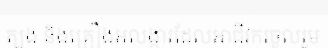
ត្បូង និងគ្រឿងអលង្ការដែលអាជីវករចូលរួម